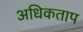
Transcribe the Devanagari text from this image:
अधिकताप